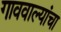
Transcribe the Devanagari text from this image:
गाववाल्यांचा